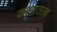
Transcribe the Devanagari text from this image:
कलातत्व